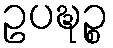
ဥပဍ္ဎဉ္စ